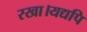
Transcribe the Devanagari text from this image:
रखा।यद्यपि